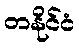
တနိုင်ငံ